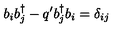
b _ { i } b _ { j } ^ { \dagger } - q ^ { \prime } b _ { j } ^ { \dagger } b _ { i } = \delta _ { i j }